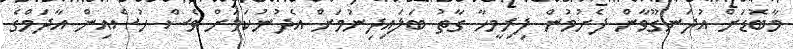
މާބޮޑަށް އުދަނގޫވާން ފެށުމުން ފިރިމީހާ ގާތު ބަލައިދިނުމަށް އެދުނުކަމަށް ވެސް ހުސެއިން އާދަމްގެ